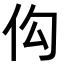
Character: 𪜩